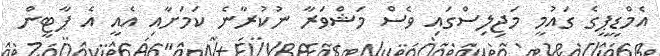
އެމްޑީޕީގެ ގައުމީ މަޖިލިސްގައި ވެސް މަޝްވަރާ ނުކުރާނެ ކަމަށާއި އެއީ އެ ޕާޓީން